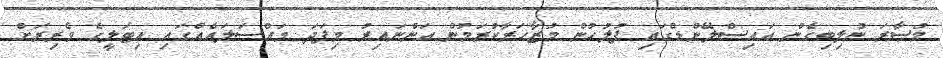
މުސާރަ ނުލިބިގެން އައިސްލޭންޑްގައި ފުލުހުން މުޒާހަރާކުރަމުން އަންނައިރު މިފަދަ މައްސަލައެއްގައި އިޓަލީގެ ވެރިރަށް